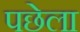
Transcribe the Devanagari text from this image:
पछेला